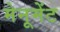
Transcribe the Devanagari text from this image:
मेनूमेंट